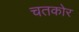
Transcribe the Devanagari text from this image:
चतकोर